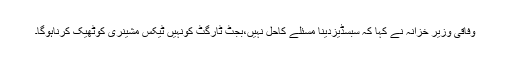
وفاقی وزیر خزانہ نے کہا کہ سبسڈیزدینا مسئلے کاحل نہیں،بجٹ ٹارگٹ کونہیں ٹیکس مشینری کوٹھیک کرناہوگا۔